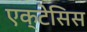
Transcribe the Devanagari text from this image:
एक्टेसिस